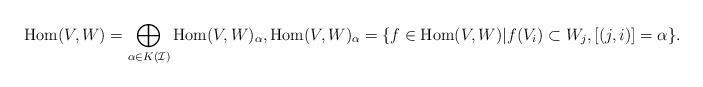
\begin{align*}\mathrm{Hom}(V,W) = \bigoplus_{\alpha \in K(\mathcal{I})} \mathrm{Hom}(V,W)_{\alpha}, \mathrm{Hom}(V,W)_{\alpha}=\{f \in \mathrm{Hom}(V,W)|f(V_{i}) \subset W_{j}, [(j,i)]=\alpha\}.\end{align*}